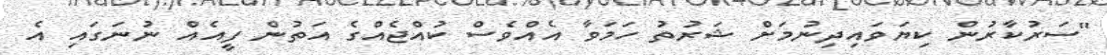
"ސަރުކާރުން ކިޔަވައިދިނުމަށް ޝަރުތު ހަމަވާ އެއްވެސް ކުއްޖެއްގެ އަތުން ފީއެއް ނުނަގައި އެ